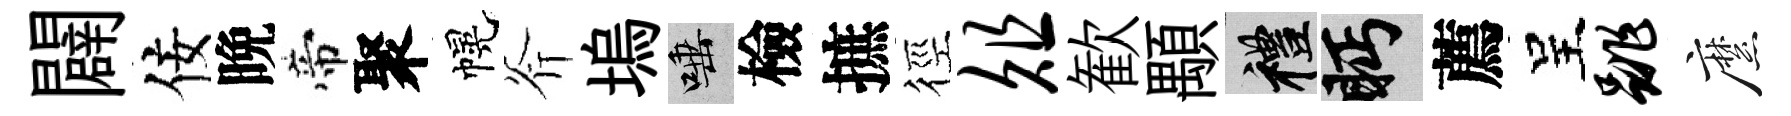
闢佞晩帝聚幌斧塢唾檢摭徑俎歓顒禮眄薦呈跳縻